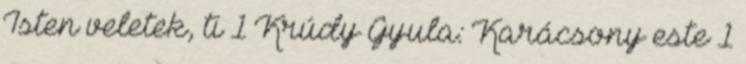
Isten veletek, ti 1 Krúdy Gyula: Karácsony este 1